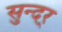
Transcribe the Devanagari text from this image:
सुन्दर्